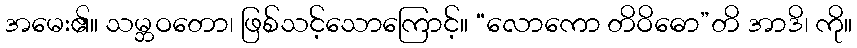
အမေး၏။ သမ္ဘဝတော၊ ဖြစ်သင့်သောကြောင့်။ “လောကော တိဝိဓော”တိ အာဒိ၊ ကို။